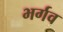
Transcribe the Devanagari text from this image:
भर्गव